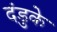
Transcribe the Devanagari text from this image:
दंडुके